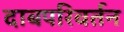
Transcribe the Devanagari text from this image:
दाबपरिवर्तन